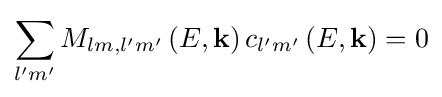
\sum \limits _{l'm'}{{M_{lm,l'm'}}\left({E,{\bf {k}}}\right){c_{l'm'}}\left(E,{\bf {k}}\right)=0}